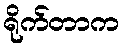
ရိုက်တာက